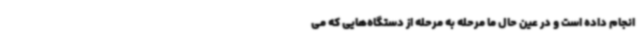
انجام داده است و در عین حال ما مرحله به مرحله از دستگاه‌هایی که می